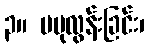
၃။ မပုလွန်းခြင်း၊